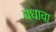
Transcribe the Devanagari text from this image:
बधावा